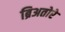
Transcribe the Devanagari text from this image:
ब्रिअतोरे